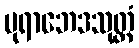
ပုရာဘေဒသုတ္တံ